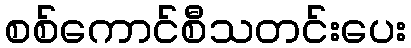
စစ်ကောင်စီသတင်းပေး